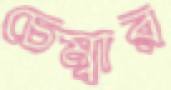
চেম্বার